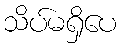
သိပ်မရှိပေ